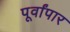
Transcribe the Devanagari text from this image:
पूर्वांपार